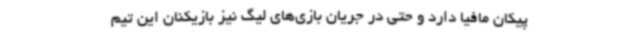
پیکان مافیا دارد و حتی در جریان بازی‌های لیگ نیز بازیکنان این تیم